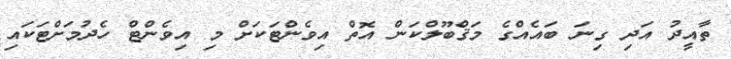
ތާއީދު އަދި ގިނަ ބައެއްގެ މަޤްބޫލްކަން އޮތް އިވެންޓަކަށް މި އިވެންޓް ހެދުމަށްޓަކައި